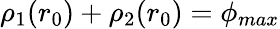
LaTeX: \rho_{1}(r_{0})+\rho_{2}(r_{0})=\phi_{max}